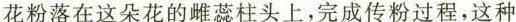
花粉落在这朵花的雌蕊柱头上，完成传粉过程，这种